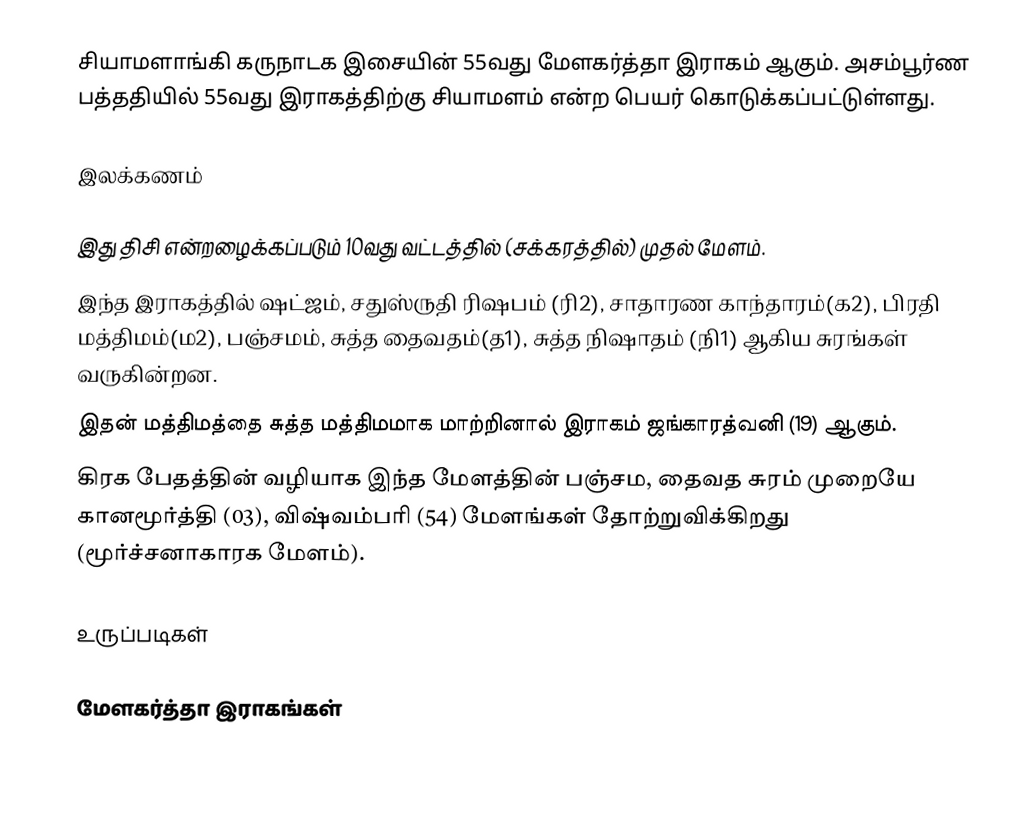
சியாமளாங்கி கருநாடக இசையின் 55வது மேளகர்த்தா இராகம் ஆகும். அசம்பூர்ண பத்ததியில் 55வது இராகத்திற்கு சியாமளம் என்ற பெயர் கொடுக்கப்பட்டுள்ளது.

இலக்கணம்

 இது திசி என்றழைக்கப்படும் 10வது வட்டத்தில் (சக்கரத்தில்) முதல் மேளம்.
 இந்த இராகத்தில் ஷட்ஜம், சதுஸ்ருதி ரிஷபம் (ரி2), சாதாரண காந்தாரம்(க2), பிரதி மத்திமம்(ம2), பஞ்சமம், சுத்த தைவதம்(த1), சுத்த நிஷாதம் (நி1) ஆகிய சுரங்கள் வருகின்றன.
 இதன் மத்திமத்தை சுத்த மத்திமமாக மாற்றினால் இராகம் ஜங்காரத்வனி (19) ஆகும்.
 கிரக பேதத்தின் வழியாக இந்த மேளத்தின் பஞ்சம, தைவத சுரம் முறையே கானமூர்த்தி (03), விஷ்வம்பரி (54) மேளங்கள் தோற்றுவிக்கிறது (மூர்ச்சனாகாரக மேளம்).

உருப்படிகள்

மேளகர்த்தா இராகங்கள்